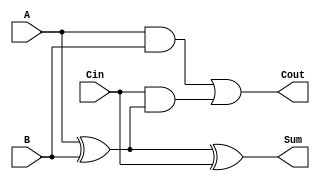
module RippleCarryFullAdder (
    input wire A,      // First input bit
    input wire B,      // Second input bit
    input wire Cin,    // Carry-in bit
    output wire Sum,   // Sum output
    output wire Cout   // Carry-out output
);

// Intermediate signals
wire AxorB;         // Intermediate result of A XOR B
wire AandB;         // Result of A AND B
wire CinAndAxorB;   // Result of Cin AND (A XOR B)

// Logic for Sum
assign AxorB = A ^ B;          // First XOR gate
assign Sum = AxorB ^ Cin;      // Second XOR gate for final Sum

// Logic for Cout
assign AandB = A & B;          // First AND gate
assign CinAndAxorB = Cin & AxorB; // Second AND gate
assign Cout = AandB | CinAndAxorB; // OR gate for final Cout

endmodule